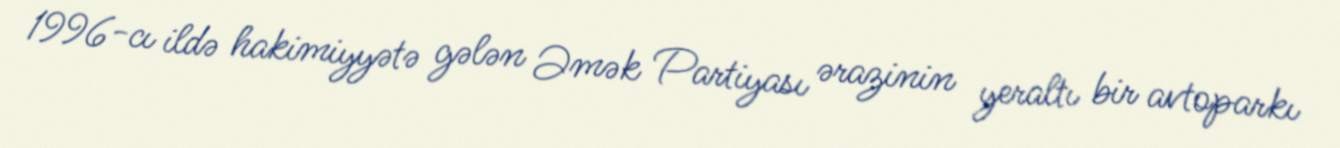
1996-cı ildə hakimiyyətə gələn Əmək Partiyası ərazinin yeraltı bir avtoparkı